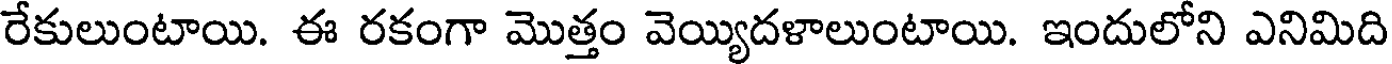
రేకులుంటాయి. ఈ రకంగా మొత్తం వెయ్యిదళాలుంటాయి. ఇందులోని ఎనిమిది